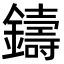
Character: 鑄